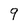
Character: 9